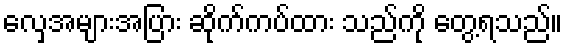
လှေအများအပြား ဆိုက်ကပ်ထား သည်ကို တွေ့ရသည်။